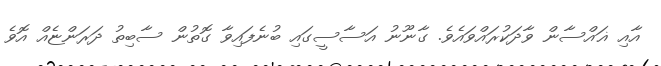
އާއި ޣައްސާން ވާދަކުރައްވައެވެ. ގާނޫނު އަސާސީގައި ބުނެފައިވާ ގޮތުން ސާބިތު ދަރަންޏެއް އޮވެ